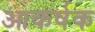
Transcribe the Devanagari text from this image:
आकर्षक